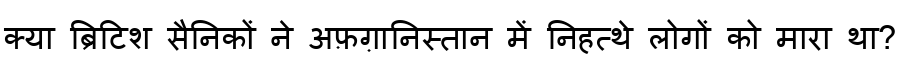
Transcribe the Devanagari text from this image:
क्या ब्रिटिश सैनिकों ने अफ़ग़ानिस्तान में निहत्थे लोगों को मारा था?